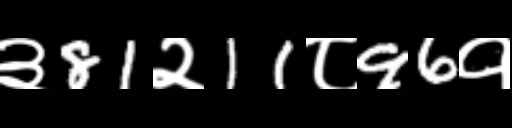
Text: ३81२11८96१